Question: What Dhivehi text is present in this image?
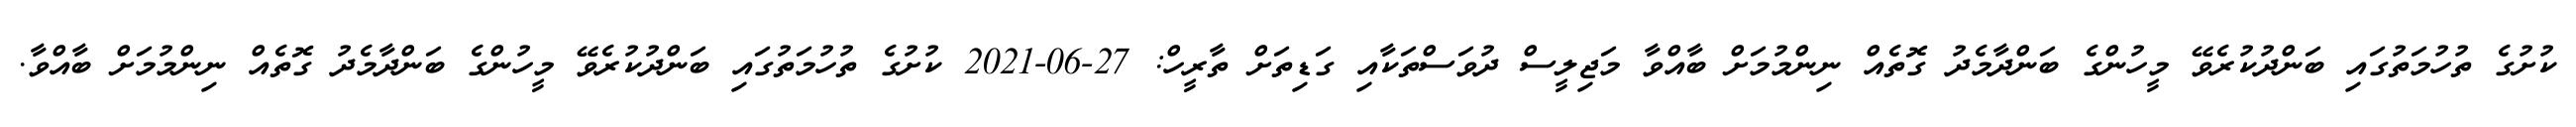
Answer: ކުށުގެ ތުހުމަތުގައި ބަންދުކުރެވޭ މީހުންގެ ބަންދާމެދު ގޮތެއް ނިންމުމަށް ބާއްވާ މަޖިލީސް ދުވަސްތަކާއި ގަޑިތަށް ތާރީހް: 27-06-2021 ކުށުގެ ތުހުމަތުގައި ބަންދުކުރެވޭ މީހުންގެ ބަންދާމެދު ގޮތެއް ނިންމުމަށް ބާއްވާ.